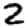
Digit: 2